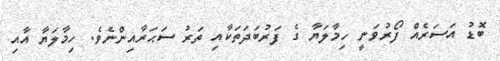
ބޮޑު އަސަރެއް ފޯރުވަނީ ހިމާލަޔާ ގެ ފަރުބަދަތަކާއި ތަރު ސަޙަރާއިންނެވެ. ހިމާލަޔާ އާއި